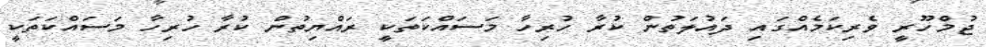
ޖުމްހޫރީ ވެރިކަމެއްގައި ދައުލަތުން ކުރާ ހުރިހާ މަސައްކަތަކީ ރައްޔިތުން ކުރާ ހުރިހާ މަސައްކަތަކީ